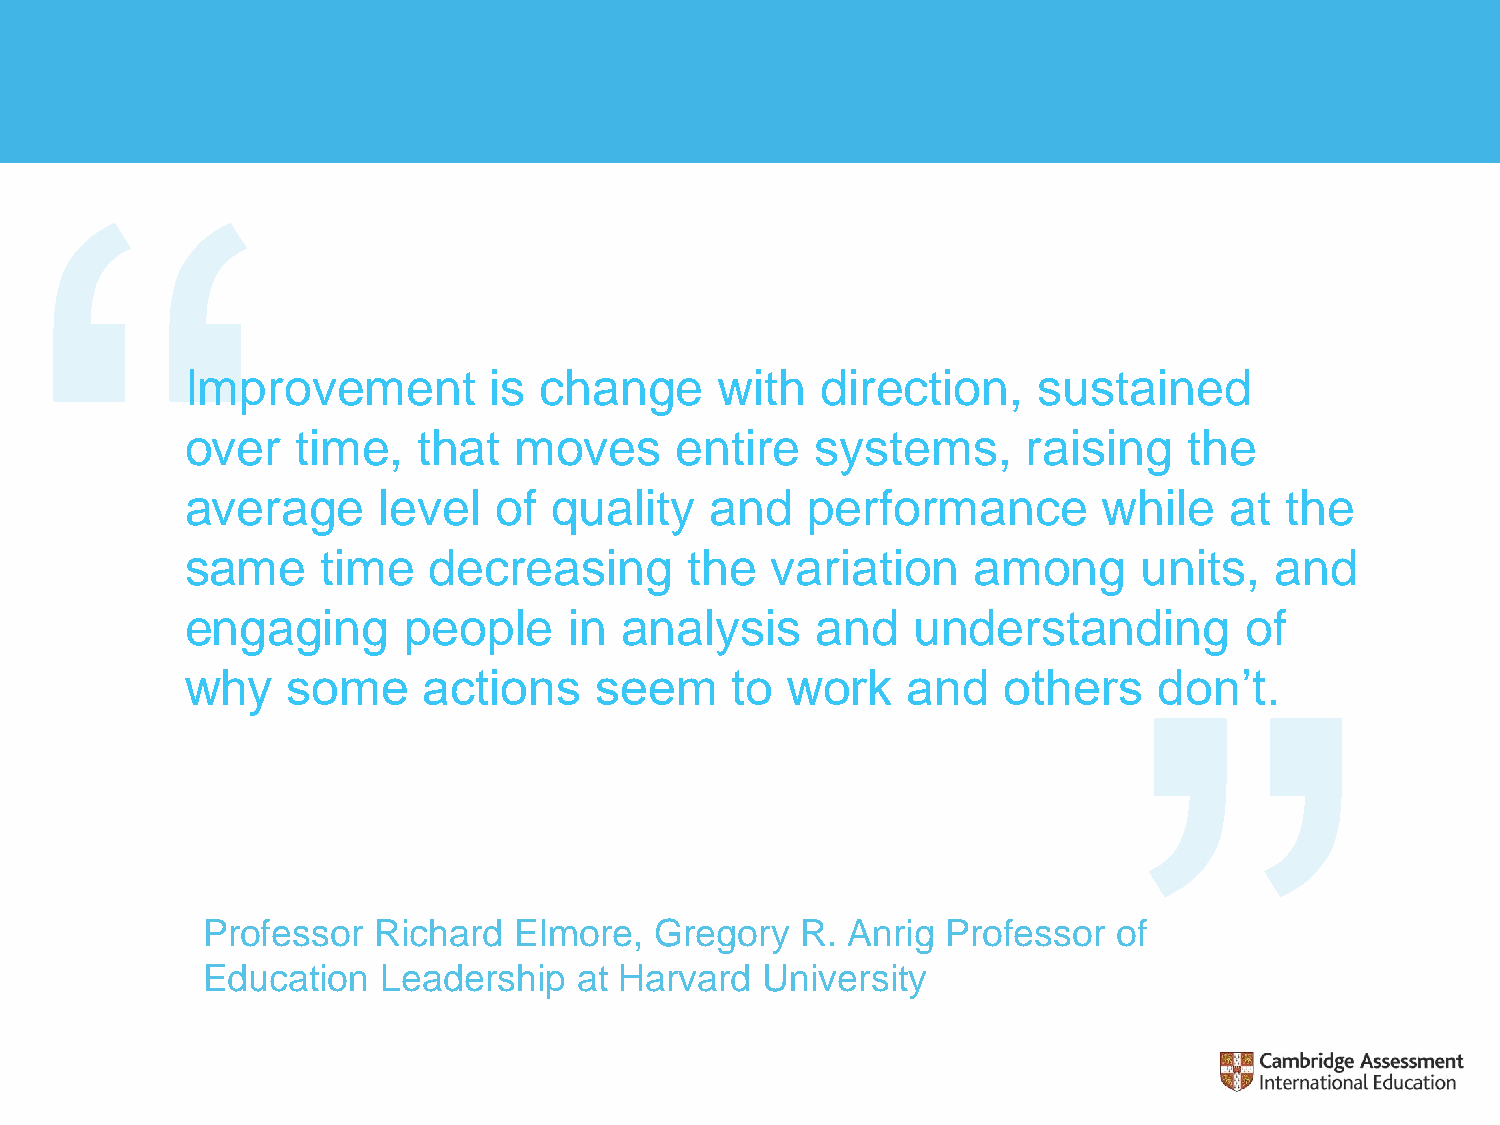
Improvement         is  change      with  direction,     sustained
 over    time,   that  moves      entire   systems,      raising    the
 average      level   of  quality   and   performance         while   at  the
 same     time   decreasing        the  variation    among       units,  and
 engaging       people     in analysis     and    understanding        of
 why    some     actions    seem     to  work    and   others     don’t.
 Professor   Richard  Elmore,  Gregory   R. Anrig  Professor  of
 Education   Leadership   at Harvard  University